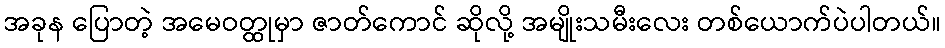
အခုန ပြောတဲ့ အမေဝတ္ထုမှာ ဇာတ်ကောင် ဆိုလို့ အမျိုးသမီးလေး တစ်ယောက်ပဲပါတယ်။